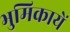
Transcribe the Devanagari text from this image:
भुमिकायें